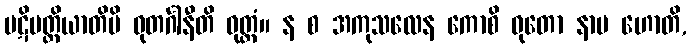
ပဋိပတ္တိယာတိပိ ဓုတင်္ဂါနီတိ ဝုတ္တံ။ န စ အကုသလေန ကောစိ ဓုတော နာမ ဟောတိ,